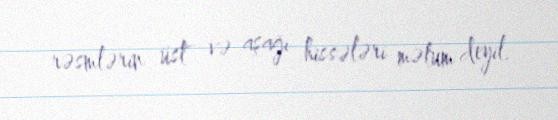
rəsmlərin üst və aşağı hissələri məlum deyil.